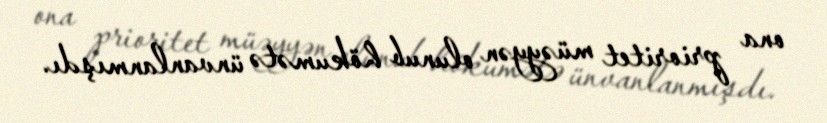
ona prioritet müəyyən olunub hökumətə ünvanlanmışdı.